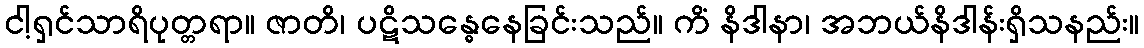
ငါ့ရှင်သာရိပုတ္တရာ။ ဇာတိ၊ ပဋိသန္ဓေနေခြင်းသည်။ ကိံ နိဒါနာ၊ အဘယ်နိဒါန်းရှိသနည်း။